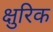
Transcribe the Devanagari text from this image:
क्षुरिक